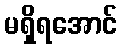
မရှိရအောင်